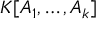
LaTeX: K [ A _ { 1 } , \ldots , A _ { k } ]